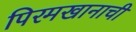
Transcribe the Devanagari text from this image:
पिरमखानाची